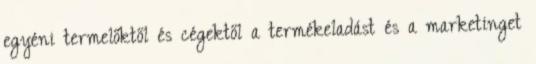
egyéni termelőktől és cégektől a termékeladást és a marketinget